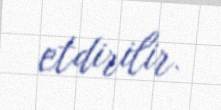
etdirilir.